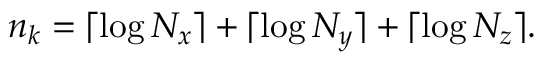
n _ { k } = \lceil \log N _ { x } \rceil + \lceil \log N _ { y } \rceil + \lceil \log N _ { z } \rceil .